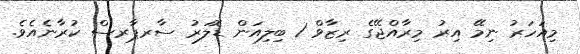
މިއަހަރު ނިމޭ އިރު މިރާއްޖޭގެ ރިޒާވް 1 ބިލިއަން ޑޮލަރު ސާރޕާރސް ކުރާނެއެވެ.